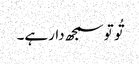
تُو تو سمجھ دارہے۔